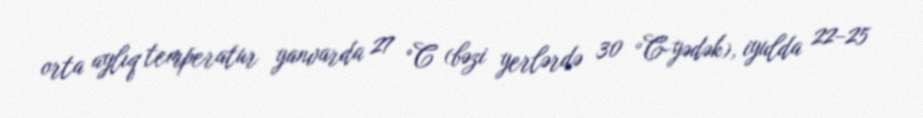
orta aylıq temperatur yanvarda 27 °C (bəzi yerlərdə 30 °C-yədək), iyulda 22–25